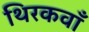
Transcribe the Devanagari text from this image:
थिरकवाँ